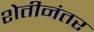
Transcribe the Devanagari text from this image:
शेतीनंतर